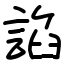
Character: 諂